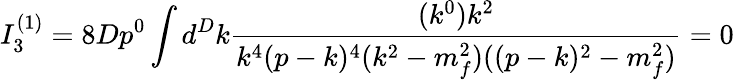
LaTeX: I_{3}^{(1)}=8Dp^{0}\int d^{D}k\frac{(k^{0})k^{2}}{k^{4}(p-k)^{4}(k^{2}-m_{f}^{2})((p-k)^{2}-m_{f}^{2})}=0